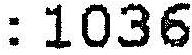
:1036